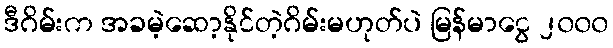
ဒီဂိမ်းက အခမဲ့ဆော့နိုင်တဲ့ဂိမ်းမဟုတ်ပဲ မြန်မာငွေ ၂၀၀၀